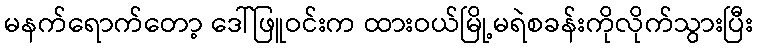
မနက်ရောက်တော့ ဒေါ်ဖြူဝင်းက ထားဝယ်မြို့မရဲစခန်းကိုလိုက်သွားပြီး